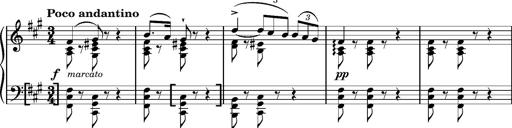
Title: Cavatine de Robert le Diable
Composer: Franz Liszt
Key: F-sharp minor